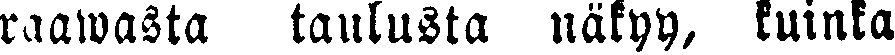
raawasta taulusta näkyy, kuinka